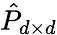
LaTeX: \hat{P}_{d\times d}